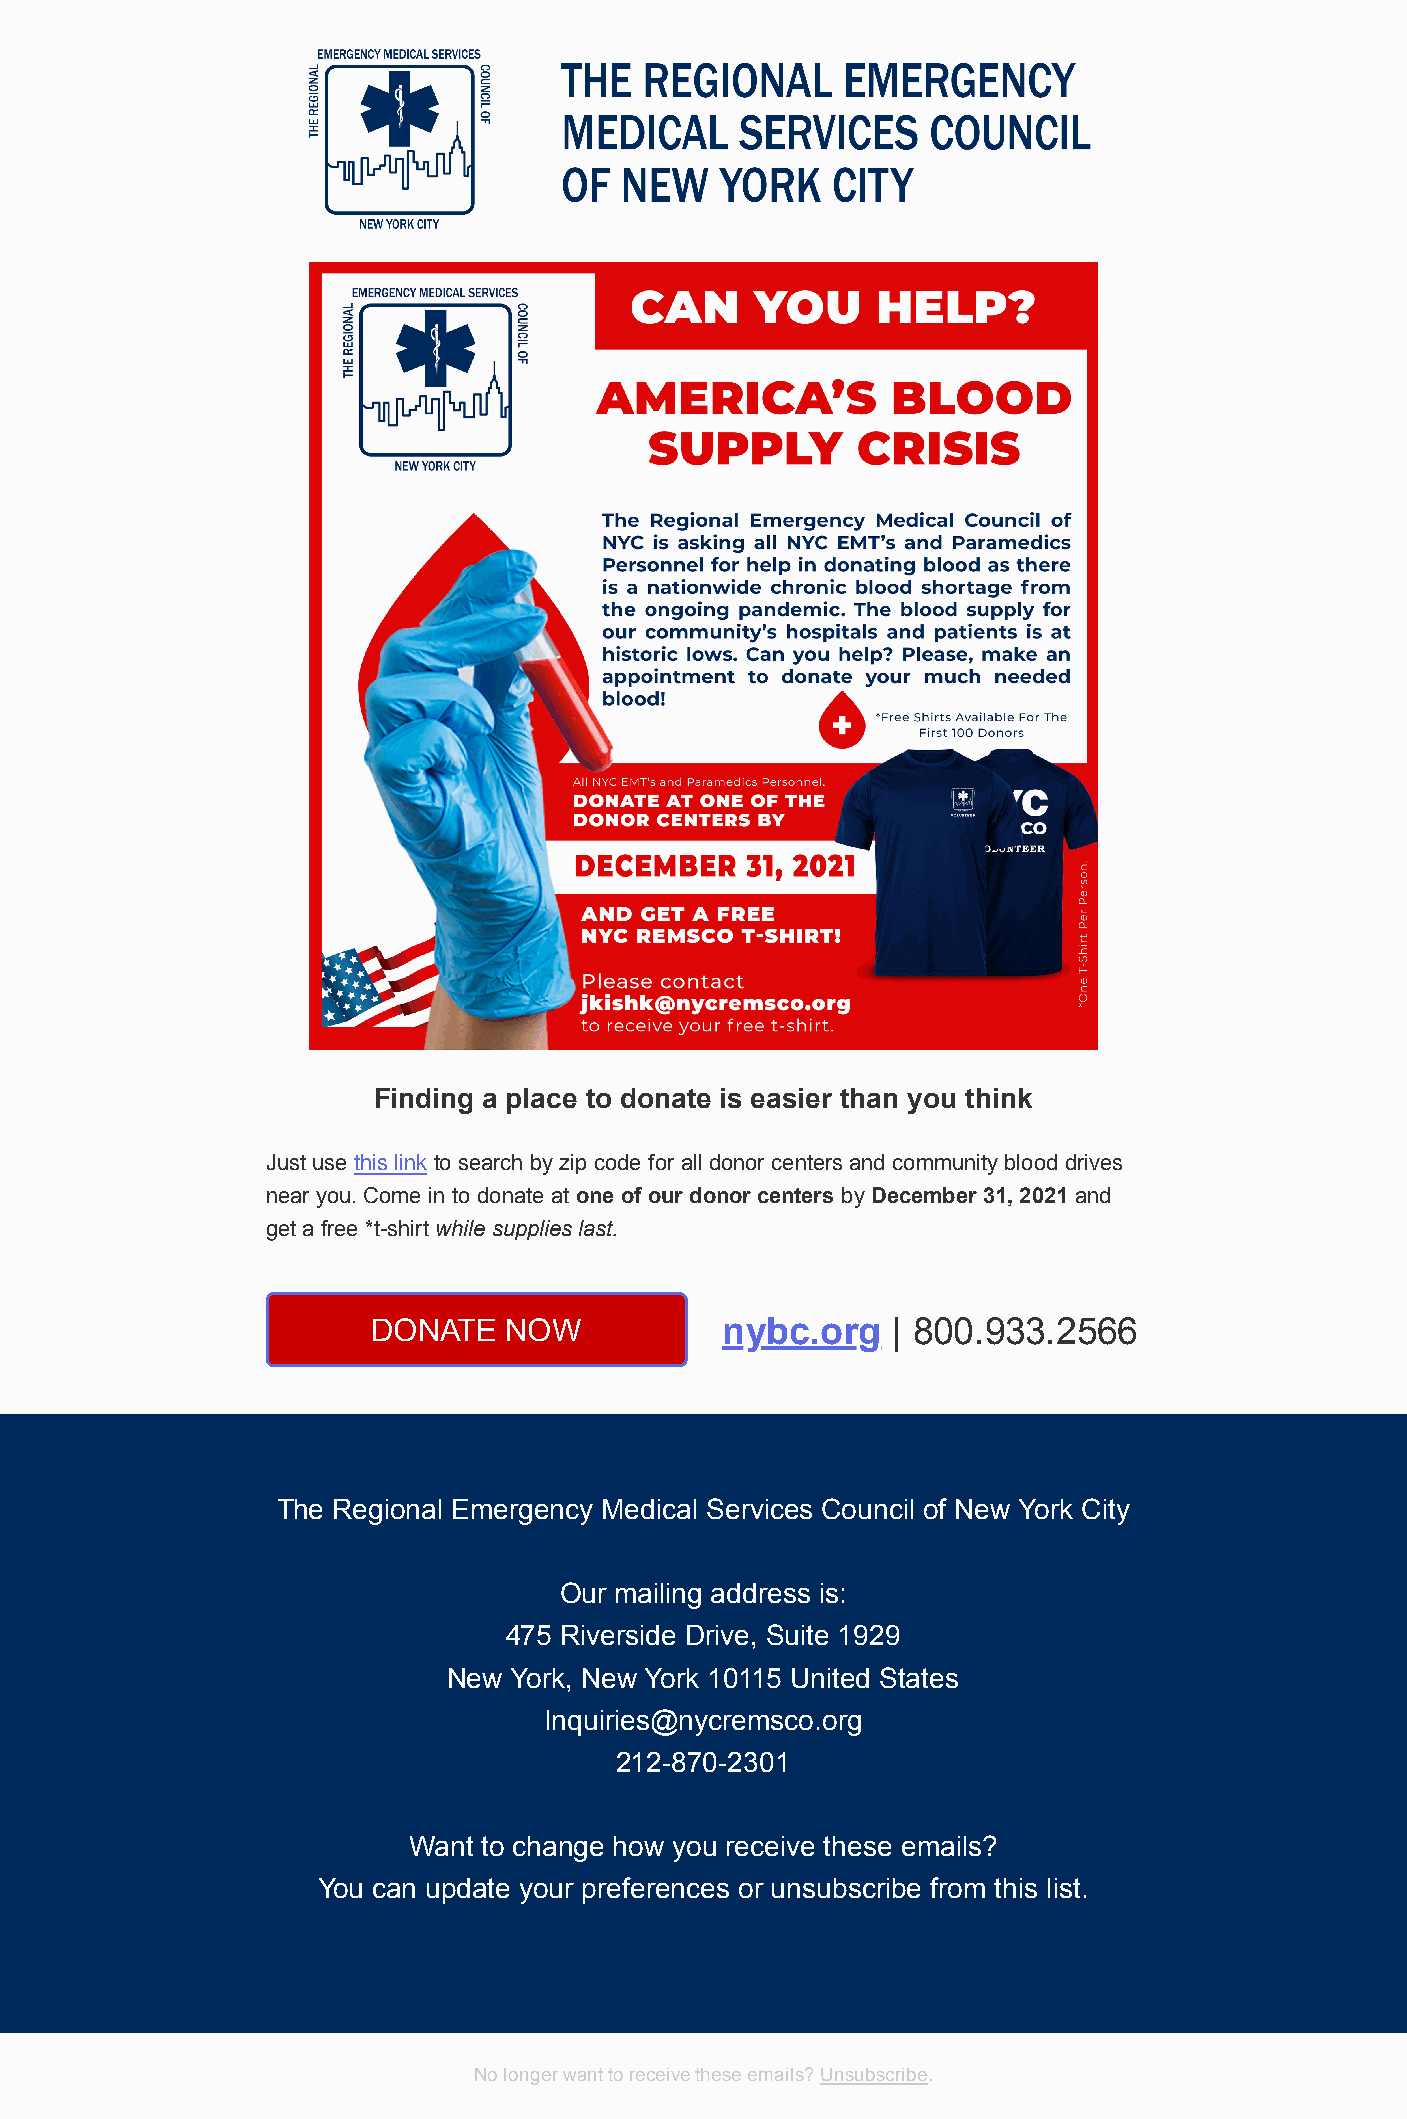
Finding a place to donate is easier than you think
 Just use this link to search by zip code for all donor centers and community blood drives
 near you. Come in to donate at one of our donor centers by December 31, 2021 and
 get a free *t-shirt while supplies last.
 DONATE  NOW            nybc.org   | 800.933.2566
 The Regional Emergency Medical Services Council of New York City
 Our mailing address is:
 475 Riverside Drive, Suite 1929
 New York, New York 10115 United States
 Inquiries@nycremsco.org
 212-870-2301
 Want to change how you receive these emails?
 You can update your preferences or unsubscribe from this list.
 No longer want to receive these emails? Unsubscribe.